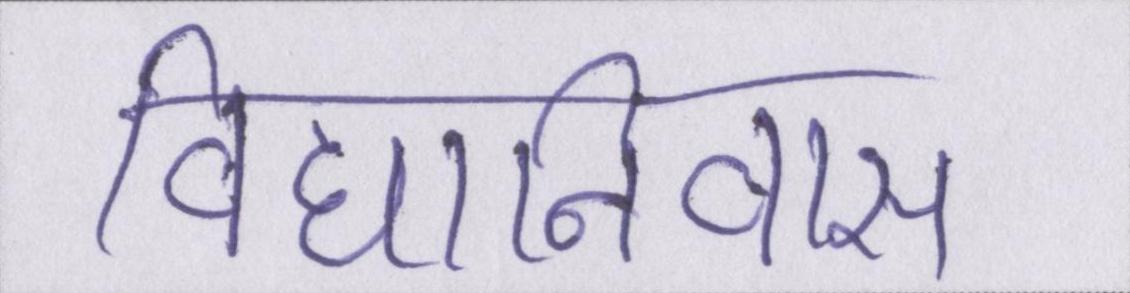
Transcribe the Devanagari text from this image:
विद्यानिवास